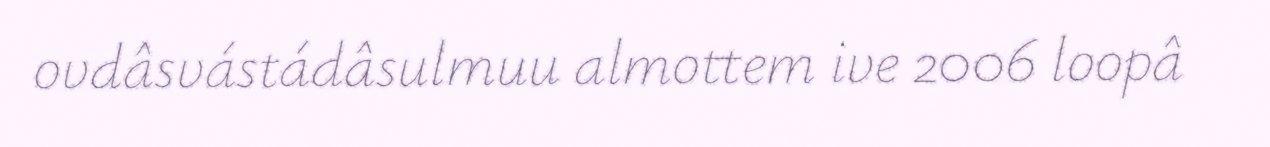
ovdâsvástádâsulmuu almottem ive 2006 loopâ